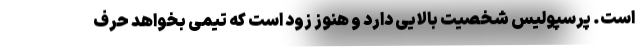
است. پرسپولیس شخصیت بالایی دارد و هنوز زود است که تیمی بخواهد حرف